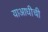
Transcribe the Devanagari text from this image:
याआधीची